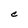
Character: C